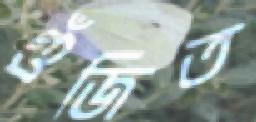
গুঁজিত